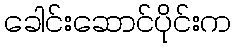
ခေါင်းဆောင်ပိုင်းက